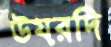
উয়রদি